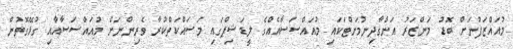
މުއައްޒަފުނަށް ބޮޑު މަންޒަރު އަންގާދިނުމަށްޓަކައި މުއައްސަސާއެއްގެ ލީޑަޝިޕްގައި މަސައްކަތްކުރާ ވެރިންނަށް މުއައްސަސާއާއި ގުޅޭގޮތުން